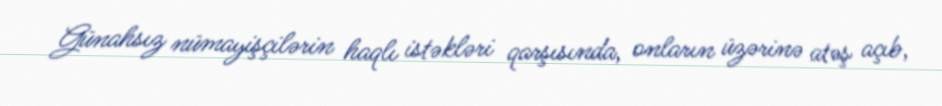
Günahsız nümayişçilərin haqlı istəkləri qarşısında, onların üzərinə atəş açıb,